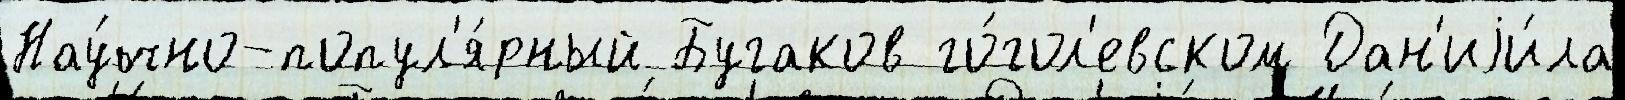
Нау́чно-попул'я́рный Бугаков го́гол'евском Дан'иjи́ла